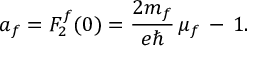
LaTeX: a _ { f } = F _ { 2 } ^ { f } ( 0 ) = \frac { 2 m _ { f } } { e \hbar } \, \mu _ { f } \, - \, 1 .